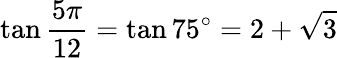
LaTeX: \tan{\frac{5\pi}{12}}=\tan 75^{\circ}=2+{\sqrt{3}}